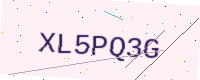
Text: XL5PQ3G